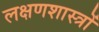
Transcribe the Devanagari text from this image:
लक्षणशास्त्रों